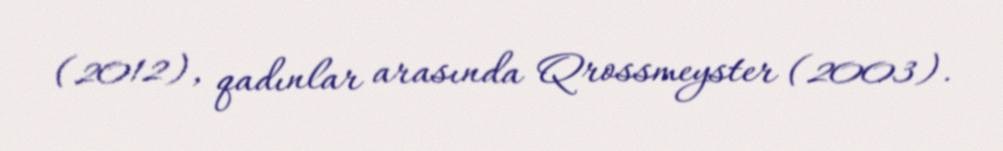
(2012), qadınlar arasında Qrossmeyster (2003).